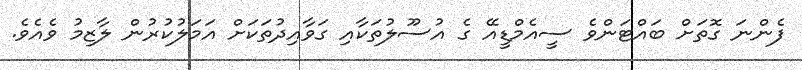
ފެންނަ ގޮތަށް ބައްޓަންވެ ސީއެމްޑީއޭ ގެ އުސޫލުތަކާއި ގަވާއިދުތަކަށް އަމަލުކުރުން ލާޒިމު ވެއެވެ.